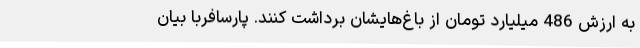
به ارزش 486 میلیارد تومان از باغ‌هایشان برداشت کنند. پارسافربا بیان